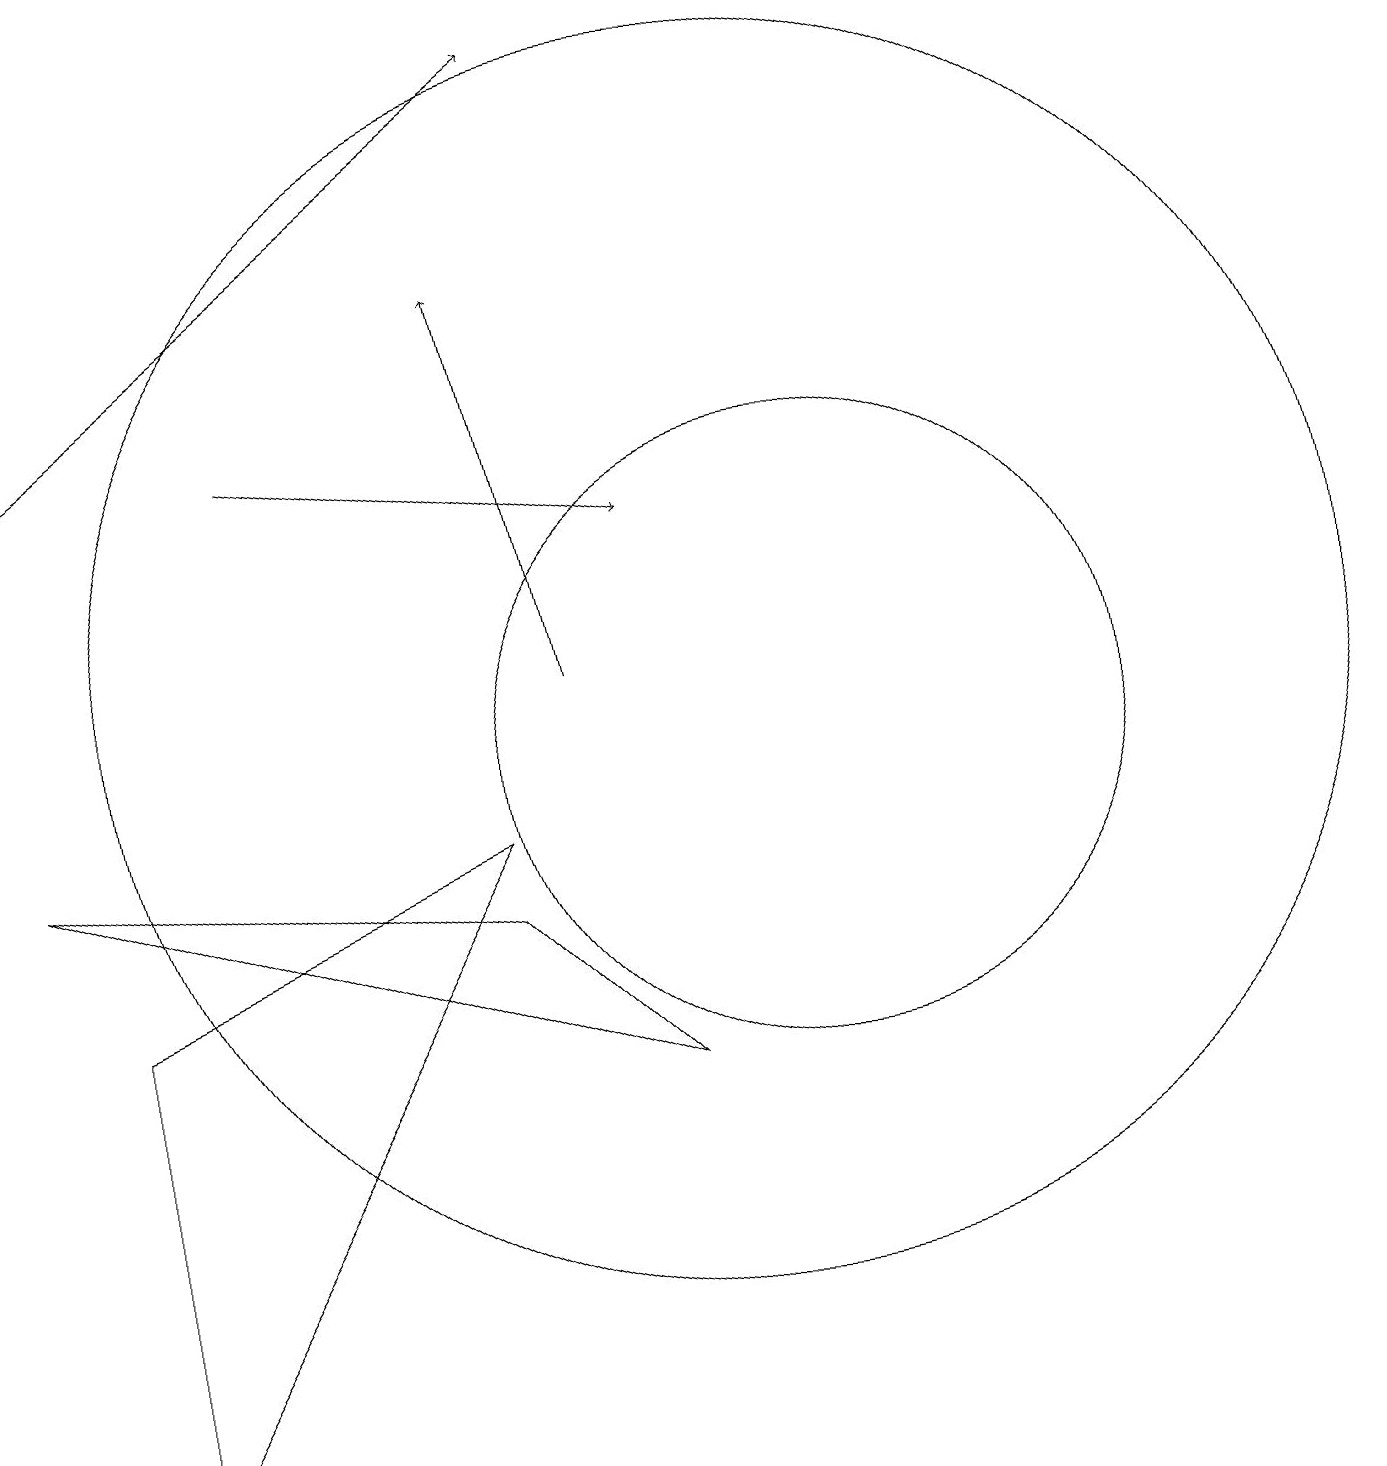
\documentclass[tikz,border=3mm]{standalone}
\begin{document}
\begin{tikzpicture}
\draw[->] (8,11) -- (7,16);
\draw[->] (4,14) -- (9,13);
\draw (11,10) circle (4);
\draw (2,7) -- (2,1) -- (7,9) -- cycle;
\draw (10,11) circle (8);
\draw[->] (1,14) -- (8,19);
\draw (9,6) -- (1,9) -- (7,8) -- cycle;
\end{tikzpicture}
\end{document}